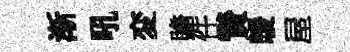
渐吼変贍件贄暖屋